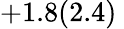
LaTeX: +1.8(2.4)\